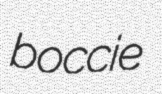
boccie